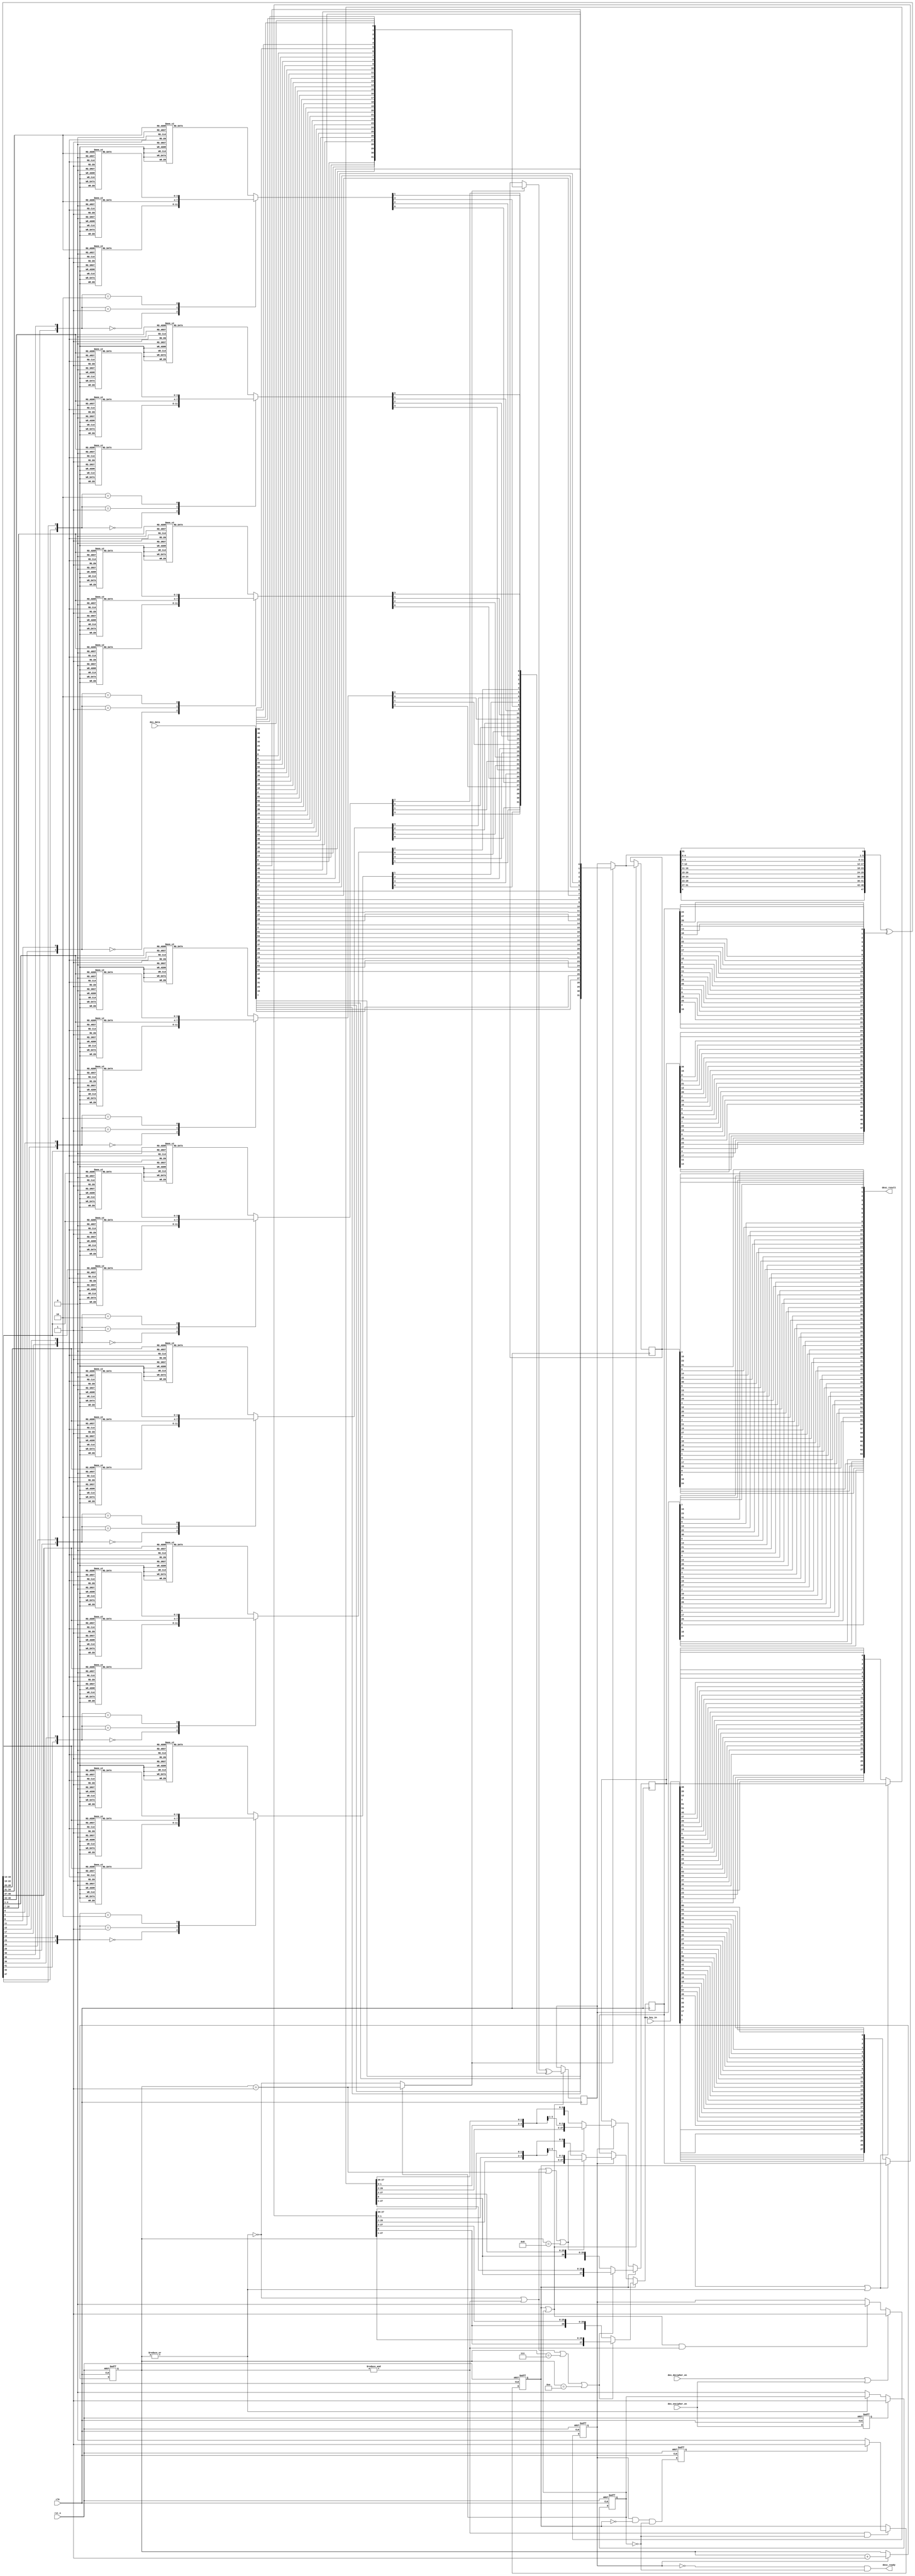
module des_core (/*AUTOARG*/
   // Outputs
   desc_result, desc_ready, 
   // Inputs
   clk, rst_n, des_encipher_en, des_decipher_en, des_data, des_key_in
   );
//
//inputs
//
input		clk;
input		rst_n;
input		des_encipher_en;
input		des_decipher_en;
input	[63:0]	des_data;
input	[63:0]	des_key_in;
//
//outputs
//
output	wire	[63:0]	desc_result;
output	wire		desc_ready;
//
//internal signals
//
wire	[63:0] ip_input;
wire	[31:0]	l0, r0;
wire	[31:0]	l_input, r_input;
wire	[47:0]	re;
wire	[47:0]	re_xor_key;
wire	[5:0]	s1_in, s2_in, s3_in, s4_in, s5_in, s6_in, s7_in, s8_in;
reg	[3:0]	s1_out, s2_out, s3_out, s4_out, s5_out, s6_out, s7_out, s8_out;
wire	[31:0]	p_in;
wire	[31:0]	f_value;
wire		rkey_sel;
wire	[27:0]	c0, d0;
wire	[27:0]	cin, din;
reg	[27:0]	cn, dn;
wire	[55:0]	cn_dn;
wire	[47:0]	round_key;
reg	[3:0]	rcounter;
wire		k16_complete;
wire		shift_left_1;
reg		key_process;
reg	[31:0]	ln, rn;
wire	[63:0]	inv_p_input;
reg		k16_calculation;
reg		decipher_process;
wire		shift_right_1;
wire		shift_left;
wire		set_decipher;
reg		encipher_process;
reg		encipher_en_sync;
wire		lr_sel;
//
//Cipher
//---------------- Initial Permutation - IP -------------
assign ip_input	= {des_data[6], des_data[14], des_data[22], des_data[30], des_data[38], des_data[46], des_data[54], des_data[62],
		des_data[4], des_data[12], des_data[20], des_data[28], des_data[36], des_data[44], des_data[52], des_data[60],
		des_data[2], des_data[10], des_data[18], des_data[26], des_data[34], des_data[42], des_data[50], des_data[58],
		des_data[0], des_data[8], des_data[16], des_data[24], des_data[32], des_data[40], des_data[48], des_data[56],
		des_data[7], des_data[15], des_data[23], des_data[31], des_data[39], des_data[47], des_data[55], des_data[63],
		des_data[5], des_data[13], des_data[21], des_data[29], des_data[37], des_data[45], des_data[53], des_data[61],
		des_data[3], des_data[11], des_data[19], des_data[27], des_data[35], des_data[43], des_data[51], des_data[59],
		des_data[1], des_data[9], des_data[17], des_data[25], des_data[33], des_data[41], des_data[49], des_data[57]};
assign	l0	= ip_input[63:32];
assign	r0	= ip_input[31:0];
//-------------------------------------------------------
//Cipher function - f (R,K)
//-------------------------------------------------------
assign	lr_sel	= (encipher_process)? (rcounter == 4'd1): (~rkey_sel);
assign	l_input	= (lr_sel)? l0: ln;
assign	r_input	= (lr_sel)? r0: rn;
//----------------- E table - Converting 32-bit R to 48-bit value ---------------------------
assign	re	= {r_input[0], r_input[31], r_input[30], r_input[29], r_input[28], r_input[27],
		r_input[28], r_input[27], r_input[26], r_input[25], r_input[24], r_input[23],
		r_input[24], r_input[23], r_input[22], r_input[21], r_input[20], r_input[19],
		r_input[20], r_input[19], r_input[18], r_input[17], r_input[16], r_input[15],
		r_input[16], r_input[15], r_input[14], r_input[13], r_input[12], r_input[11],
		r_input[12], r_input[11], r_input[10], r_input[9], r_input[8], r_input[7],
		r_input[8], r_input[7], r_input[6], r_input[5], r_input[4], r_input[3],
		r_input[4], r_input[3], r_input[2], r_input[1], r_input[0], r_input[31]};
//----------------- After converting from 32-bit to 48-bit, Right data XOR with Round KEY -----------------------
assign	re_xor_key	= re ^ round_key;
//----------------- S1/2/3/4/5/6/7/8 Converting 48-bit (with KEY) to 32-bit -----------------
assign	s1_in	= re_xor_key[47:42];
assign	s2_in	= re_xor_key[41:36];
assign	s3_in	= re_xor_key[35:30];
assign	s4_in	= re_xor_key[29:24];
assign	s5_in	= re_xor_key[23:18];
assign	s6_in	= re_xor_key[17:12];
assign	s7_in	= re_xor_key[11:6];
assign	s8_in	= re_xor_key[5:0];
//----------------- S1 -------------------------------
always @ (*) begin
	case ({s1_in[5], s1_in[0]})
		2'b00: begin
			case (s1_in[4:1])
				4'd0:	s1_out	= 4'd14;
				4'd1:	s1_out	= 4'd4;
				4'd2:	s1_out	= 4'd13;
				4'd3:	s1_out	= 4'd1;
				4'd4:	s1_out	= 4'd2;
				4'd5:	s1_out	= 4'd15;
				4'd6:	s1_out	= 4'd11;
				4'd7:	s1_out	= 4'd8;
				4'd8:	s1_out	= 4'd3;
				4'd9:	s1_out	= 4'd10;
				4'd10:	s1_out	= 4'd6;
				4'd11:	s1_out	= 4'd12;
				4'd12:	s1_out	= 4'd5;
				4'd13:	s1_out	= 4'd9;
				4'd14:	s1_out	= 4'd0;
				default: s1_out	= 4'd7;
			endcase
		end
		2'b01: begin
			case (s1_in[4:1])
				4'd0:	s1_out	= 4'd0;
				4'd1:	s1_out	= 4'd15;
				4'd2:	s1_out	= 4'd7;
				4'd3:	s1_out	= 4'd4;
				4'd4:	s1_out	= 4'd14;
				4'd5:	s1_out	= 4'd2;
				4'd6:	s1_out	= 4'd13;
				4'd7:	s1_out	= 4'd1;
				4'd8:	s1_out	= 4'd10;
				4'd9:	s1_out	= 4'd6;
				4'd10:	s1_out	= 4'd12;
				4'd11:	s1_out	= 4'd11;
				4'd12:	s1_out	= 4'd9;
				4'd13:	s1_out	= 4'd5;
				4'd14:	s1_out	= 4'd3;
				default: s1_out	= 4'd8;
			endcase
		end
		2'b10: begin
			case (s1_in[4:1])
				4'd0:	s1_out	= 4'd4;
				4'd1:	s1_out	= 4'd1;
				4'd2:	s1_out	= 4'd14;
				4'd3:	s1_out	= 4'd8;
				4'd4:	s1_out	= 4'd13;
				4'd5:	s1_out	= 4'd6;
				4'd6:	s1_out	= 4'd2;
				4'd7:	s1_out	= 4'd11;
				4'd8:	s1_out	= 4'd15;
				4'd9:	s1_out	= 4'd12;
				4'd10:	s1_out	= 4'd9;
				4'd11:	s1_out	= 4'd7;
				4'd12:	s1_out	= 4'd3;
				4'd13:	s1_out	= 4'd10;
				4'd14:	s1_out	= 4'd5;
				default: s1_out	= 4'd0;
			endcase
		end
		default: begin
			case (s1_in[4:1])
				4'd0:	s1_out	= 4'd15;
				4'd1:	s1_out	= 4'd12;
				4'd2:	s1_out	= 4'd8;
				4'd3:	s1_out	= 4'd2;
				4'd4:	s1_out	= 4'd4;
				4'd5:	s1_out	= 4'd9;
				4'd6:	s1_out	= 4'd1;
				4'd7:	s1_out	= 4'd7;
				4'd8:	s1_out	= 4'd5;
				4'd9:	s1_out	= 4'd11;
				4'd10:	s1_out	= 4'd3;
				4'd11:	s1_out	= 4'd14;
				4'd12:	s1_out	= 4'd10;
				4'd13:	s1_out	= 4'd0;
				4'd14:	s1_out	= 4'd6;
				default: s1_out	= 4'd13;
			endcase
		end
	endcase
end
//----------------- S2 -------------------------------
always @ (*) begin
	case ({s2_in[5], s2_in[0]})
		2'b00: begin
			case (s2_in[4:1])
				4'd0:	s2_out	= 4'd15;
				4'd1:	s2_out	= 4'd1;
				4'd2:	s2_out	= 4'd8;
				4'd3:	s2_out	= 4'd14;
				4'd4:	s2_out	= 4'd6;
				4'd5:	s2_out	= 4'd11;
				4'd6:	s2_out	= 4'd3;
				4'd7:	s2_out	= 4'd4;
				4'd8:	s2_out	= 4'd9;
				4'd9:	s2_out	= 4'd7;
				4'd10:	s2_out	= 4'd2;
				4'd11:	s2_out	= 4'd13;
				4'd12:	s2_out	= 4'd12;
				4'd13:	s2_out	= 4'd0;
				4'd14:	s2_out	= 4'd5;
				default: s2_out	= 4'd10;
			endcase
		end
		2'b01: begin
			case (s2_in[4:1])
				4'd0:	s2_out	= 4'd3;
				4'd1:	s2_out	= 4'd13;
				4'd2:	s2_out	= 4'd4;
				4'd3:	s2_out	= 4'd7;
				4'd4:	s2_out	= 4'd15;
				4'd5:	s2_out	= 4'd2;
				4'd6:	s2_out	= 4'd8;
				4'd7:	s2_out	= 4'd14;
				4'd8:	s2_out	= 4'd12;
				4'd9:	s2_out	= 4'd0;
				4'd10:	s2_out	= 4'd1;
				4'd11:	s2_out	= 4'd10;
				4'd12:	s2_out	= 4'd6;
				4'd13:	s2_out	= 4'd9;
				4'd14:	s2_out	= 4'd11;
				default: s2_out	= 4'd5;
			endcase
		end
		2'b10: begin
			case (s2_in[4:1])
				4'd0:	s2_out	= 4'd0;
				4'd1:	s2_out	= 4'd14;
				4'd2:	s2_out	= 4'd7;
				4'd3:	s2_out	= 4'd11;
				4'd4:	s2_out	= 4'd10;
				4'd5:	s2_out	= 4'd4;
				4'd6:	s2_out	= 4'd13;
				4'd7:	s2_out	= 4'd1;
				4'd8:	s2_out	= 4'd5;
				4'd9:	s2_out	= 4'd8;
				4'd10:	s2_out	= 4'd12;
				4'd11:	s2_out	= 4'd6;
				4'd12:	s2_out	= 4'd9;
				4'd13:	s2_out	= 4'd3;
				4'd14:	s2_out	= 4'd2;
				default: s2_out	= 4'd15;
			endcase
		end
		default: begin
			case (s2_in[4:1])
				4'd0:	s2_out	= 4'd13;
				4'd1:	s2_out	= 4'd8;
				4'd2:	s2_out	= 4'd10;
				4'd3:	s2_out	= 4'd1;
				4'd4:	s2_out	= 4'd3;
				4'd5:	s2_out	= 4'd15;
				4'd6:	s2_out	= 4'd4;
				4'd7:	s2_out	= 4'd2;
				4'd8:	s2_out	= 4'd11;
				4'd9:	s2_out	= 4'd6;
				4'd10:	s2_out	= 4'd7;
				4'd11:	s2_out	= 4'd12;
				4'd12:	s2_out	= 4'd0;
				4'd13:	s2_out	= 4'd5;
				4'd14:	s2_out	= 4'd14;
				default: s2_out	= 4'd9;
			endcase
		end
	endcase
end
//----------------- S3 -------------------------------
always @ (*) begin
	case ({s3_in[5], s3_in[0]})
		2'b00: begin
			case (s3_in[4:1])
				4'd0:	s3_out	= 4'd10;
				4'd1:	s3_out	= 4'd0;
				4'd2:	s3_out	= 4'd9;
				4'd3:	s3_out	= 4'd14;
				4'd4:	s3_out	= 4'd6;
				4'd5:	s3_out	= 4'd3;
				4'd6:	s3_out	= 4'd15;
				4'd7:	s3_out	= 4'd5;
				4'd8:	s3_out	= 4'd1;
				4'd9:	s3_out	= 4'd13;
				4'd10:	s3_out	= 4'd12;
				4'd11:	s3_out	= 4'd7;
				4'd12:	s3_out	= 4'd11;
				4'd13:	s3_out	= 4'd4;
				4'd14:	s3_out	= 4'd2;
				default: s3_out	= 4'd8;
			endcase
		end
		2'b01: begin
			case (s3_in[4:1])
				4'd0:	s3_out	= 4'd13;
				4'd1:	s3_out	= 4'd7;
				4'd2:	s3_out	= 4'd0;
				4'd3:	s3_out	= 4'd9;
				4'd4:	s3_out	= 4'd3;
				4'd5:	s3_out	= 4'd4;
				4'd6:	s3_out	= 4'd6;
				4'd7:	s3_out	= 4'd10;
				4'd8:	s3_out	= 4'd2;
				4'd9:	s3_out	= 4'd8;
				4'd10:	s3_out	= 4'd5;
				4'd11:	s3_out	= 4'd14;
				4'd12:	s3_out	= 4'd12;
				4'd13:	s3_out	= 4'd11;
				4'd14:	s3_out	= 4'd15;
				default: s3_out	= 4'd1;
			endcase
		end
		2'b10: begin
			case (s3_in[4:1])
				4'd0:	s3_out	= 4'd13;
				4'd1:	s3_out	= 4'd6;
				4'd2:	s3_out	= 4'd4;
				4'd3:	s3_out	= 4'd9;
				4'd4:	s3_out	= 4'd8;
				4'd5:	s3_out	= 4'd15;
				4'd6:	s3_out	= 4'd3;
				4'd7:	s3_out	= 4'd0;
				4'd8:	s3_out	= 4'd11;
				4'd9:	s3_out	= 4'd1;
				4'd10:	s3_out	= 4'd2;
				4'd11:	s3_out	= 4'd12;
				4'd12:	s3_out	= 4'd5;
				4'd13:	s3_out	= 4'd10;
				4'd14:	s3_out	= 4'd14;
				default: s3_out	= 4'd7;
			endcase
		end
		default: begin
			case (s3_in[4:1])
				4'd0:	s3_out	= 4'd1;
				4'd1:	s3_out	= 4'd10;
				4'd2:	s3_out	= 4'd13;
				4'd3:	s3_out	= 4'd0;
				4'd4:	s3_out	= 4'd6;
				4'd5:	s3_out	= 4'd9;
				4'd6:	s3_out	= 4'd8;
				4'd7:	s3_out	= 4'd7;
				4'd8:	s3_out	= 4'd4;
				4'd9:	s3_out	= 4'd15;
				4'd10:	s3_out	= 4'd14;
				4'd11:	s3_out	= 4'd3;
				4'd12:	s3_out	= 4'd11;
				4'd13:	s3_out	= 4'd5;
				4'd14:	s3_out	= 4'd2;
				default: s3_out	= 4'd12;
			endcase
		end
	endcase
end
//----------------- S4 -------------------------------
always @ (*) begin
	case ({s4_in[5], s4_in[0]})
		2'b00: begin
			case (s4_in[4:1])
				4'd0:	s4_out	= 4'd7;
				4'd1:	s4_out	= 4'd13;
				4'd2:	s4_out	= 4'd14;
				4'd3:	s4_out	= 4'd3;
				4'd4:	s4_out	= 4'd0;
				4'd5:	s4_out	= 4'd6;
				4'd6:	s4_out	= 4'd9;
				4'd7:	s4_out	= 4'd10;
				4'd8:	s4_out	= 4'd1;
				4'd9:	s4_out	= 4'd2;
				4'd10:	s4_out	= 4'd8;
				4'd11:	s4_out	= 4'd5;
				4'd12:	s4_out	= 4'd11;
				4'd13:	s4_out	= 4'd12;
				4'd14:	s4_out	= 4'd4;
				default: s4_out	= 4'd15;
			endcase
		end
		2'b01: begin
			case (s4_in[4:1])
				4'd0:	s4_out	= 4'd13;
				4'd1:	s4_out	= 4'd8;
				4'd2:	s4_out	= 4'd11;
				4'd3:	s4_out	= 4'd5;
				4'd4:	s4_out	= 4'd6;
				4'd5:	s4_out	= 4'd15;
				4'd6:	s4_out	= 4'd0;
				4'd7:	s4_out	= 4'd3;
				4'd8:	s4_out	= 4'd4;
				4'd9:	s4_out	= 4'd7;
				4'd10:	s4_out	= 4'd2;
				4'd11:	s4_out	= 4'd12;
				4'd12:	s4_out	= 4'd1;
				4'd13:	s4_out	= 4'd10;
				4'd14:	s4_out	= 4'd14;
				default: s4_out	= 4'd9;
			endcase
		end
		2'b10: begin
			case (s4_in[4:1])
				4'd0:	s4_out	= 4'd10;
				4'd1:	s4_out	= 4'd6;
				4'd2:	s4_out	= 4'd9;
				4'd3:	s4_out	= 4'd0;
				4'd4:	s4_out	= 4'd12;
				4'd5:	s4_out	= 4'd11;
				4'd6:	s4_out	= 4'd7;
				4'd7:	s4_out	= 4'd13;
				4'd8:	s4_out	= 4'd15;
				4'd9:	s4_out	= 4'd1;
				4'd10:	s4_out	= 4'd3;
				4'd11:	s4_out	= 4'd14;
				4'd12:	s4_out	= 4'd5;
				4'd13:	s4_out	= 4'd2;
				4'd14:	s4_out	= 4'd8;
				default: s4_out	= 4'd4;
			endcase
		end
		default: begin
			case (s4_in[4:1])
				4'd0:	s4_out	= 4'd3;
				4'd1:	s4_out	= 4'd15;
				4'd2:	s4_out	= 4'd0;
				4'd3:	s4_out	= 4'd6;
				4'd4:	s4_out	= 4'd10;
				4'd5:	s4_out	= 4'd1;
				4'd6:	s4_out	= 4'd13;
				4'd7:	s4_out	= 4'd8;
				4'd8:	s4_out	= 4'd9;
				4'd9:	s4_out	= 4'd4;
				4'd10:	s4_out	= 4'd5;
				4'd11:	s4_out	= 4'd11;
				4'd12:	s4_out	= 4'd12;
				4'd13:	s4_out	= 4'd7;
				4'd14:	s4_out	= 4'd2;
				default: s4_out	= 4'd14;
			endcase
		end
	endcase
end
//----------------- S5 -------------------------------
always @ (*) begin
	case ({s5_in[5], s5_in[0]})
		2'b00: begin
			case (s5_in[4:1])
				4'd0:	s5_out	= 4'd2;
				4'd1:	s5_out	= 4'd12;
				4'd2:	s5_out	= 4'd4;
				4'd3:	s5_out	= 4'd1;
				4'd4:	s5_out	= 4'd7;
				4'd5:	s5_out	= 4'd10;
				4'd6:	s5_out	= 4'd11;
				4'd7:	s5_out	= 4'd6;
				4'd8:	s5_out	= 4'd8;
				4'd9:	s5_out	= 4'd5;
				4'd10:	s5_out	= 4'd3;
				4'd11:	s5_out	= 4'd15;
				4'd12:	s5_out	= 4'd13;
				4'd13:	s5_out	= 4'd0;
				4'd14:	s5_out	= 4'd14;
				default: s5_out	= 4'd9;
			endcase
		end
		2'b01: begin
			case (s5_in[4:1])
				4'd0:	s5_out	= 4'd14;
				4'd1:	s5_out	= 4'd11;
				4'd2:	s5_out	= 4'd2;
				4'd3:	s5_out	= 4'd12;
				4'd4:	s5_out	= 4'd4;
				4'd5:	s5_out	= 4'd7;
				4'd6:	s5_out	= 4'd13;
				4'd7:	s5_out	= 4'd1;
				4'd8:	s5_out	= 4'd5;
				4'd9:	s5_out	= 4'd0;
				4'd10:	s5_out	= 4'd15;
				4'd11:	s5_out	= 4'd10;
				4'd12:	s5_out	= 4'd3;
				4'd13:	s5_out	= 4'd9;
				4'd14:	s5_out	= 4'd8;
				default: s5_out	= 4'd6;
			endcase
		end
		2'b10: begin
			case (s5_in[4:1])
				4'd0:	s5_out	= 4'd4;
				4'd1:	s5_out	= 4'd2;
				4'd2:	s5_out	= 4'd1;
				4'd3:	s5_out	= 4'd11;
				4'd4:	s5_out	= 4'd10;
				4'd5:	s5_out	= 4'd13;
				4'd6:	s5_out	= 4'd7;
				4'd7:	s5_out	= 4'd8;
				4'd8:	s5_out	= 4'd15;
				4'd9:	s5_out	= 4'd9;
				4'd10:	s5_out	= 4'd12;
				4'd11:	s5_out	= 4'd5;
				4'd12:	s5_out	= 4'd6;
				4'd13:	s5_out	= 4'd3;
				4'd14:	s5_out	= 4'd0;
				default: s5_out	= 4'd14;
			endcase
		end
		default: begin
			case (s5_in[4:1])
				4'd0:	s5_out	= 4'd11;
				4'd1:	s5_out	= 4'd8;
				4'd2:	s5_out	= 4'd12;
				4'd3:	s5_out	= 4'd7;
				4'd4:	s5_out	= 4'd1;
				4'd5:	s5_out	= 4'd14;
				4'd6:	s5_out	= 4'd2;
				4'd7:	s5_out	= 4'd13;
				4'd8:	s5_out	= 4'd6;
				4'd9:	s5_out	= 4'd15;
				4'd10:	s5_out	= 4'd0;
				4'd11:	s5_out	= 4'd9;
				4'd12:	s5_out	= 4'd10;
				4'd13:	s5_out	= 4'd4;
				4'd14:	s5_out	= 4'd5;
				default: s5_out	= 4'd3;
			endcase
		end
	endcase
end
//----------------- S6 -------------------------------
always @ (*) begin
	case ({s6_in[5], s6_in[0]})
		2'b00: begin
			case (s6_in[4:1])
				4'd0:	s6_out	= 4'd12;
				4'd1:	s6_out	= 4'd1;
				4'd2:	s6_out	= 4'd10;
				4'd3:	s6_out	= 4'd15;
				4'd4:	s6_out	= 4'd9;
				4'd5:	s6_out	= 4'd2;
				4'd6:	s6_out	= 4'd6;
				4'd7:	s6_out	= 4'd8;
				4'd8:	s6_out	= 4'd0;
				4'd9:	s6_out	= 4'd13;
				4'd10:	s6_out	= 4'd3;
				4'd11:	s6_out	= 4'd4;
				4'd12:	s6_out	= 4'd14;
				4'd13:	s6_out	= 4'd7;
				4'd14:	s6_out	= 4'd5;
				default: s6_out	= 4'd11;
			endcase
		end
		2'b01: begin
			case (s6_in[4:1])
				4'd0:	s6_out	= 4'd10;
				4'd1:	s6_out	= 4'd15;
				4'd2:	s6_out	= 4'd4;
				4'd3:	s6_out	= 4'd2;
				4'd4:	s6_out	= 4'd7;
				4'd5:	s6_out	= 4'd12;
				4'd6:	s6_out	= 4'd9;
				4'd7:	s6_out	= 4'd5;
				4'd8:	s6_out	= 4'd6;
				4'd9:	s6_out	= 4'd1;
				4'd10:	s6_out	= 4'd13;
				4'd11:	s6_out	= 4'd14;
				4'd12:	s6_out	= 4'd0;
				4'd13:	s6_out	= 4'd11;
				4'd14:	s6_out	= 4'd3;
				default: s6_out	= 4'd8;
			endcase
		end
		2'b10: begin
			case (s6_in[4:1])
				4'd0:	s6_out	= 4'd9;
				4'd1:	s6_out	= 4'd14;
				4'd2:	s6_out	= 4'd15;
				4'd3:	s6_out	= 4'd5;
				4'd4:	s6_out	= 4'd2;
				4'd5:	s6_out	= 4'd8;
				4'd6:	s6_out	= 4'd12;
				4'd7:	s6_out	= 4'd3;
				4'd8:	s6_out	= 4'd7;
				4'd9:	s6_out	= 4'd0;
				4'd10:	s6_out	= 4'd4;
				4'd11:	s6_out	= 4'd10;
				4'd12:	s6_out	= 4'd1;
				4'd13:	s6_out	= 4'd13;
				4'd14:	s6_out	= 4'd11;
				default: s6_out	= 4'd6;
			endcase
		end
		default: begin
			case (s6_in[4:1])
				4'd0:	s6_out	= 4'd4;
				4'd1:	s6_out	= 4'd3;
				4'd2:	s6_out	= 4'd2;
				4'd3:	s6_out	= 4'd12;
				4'd4:	s6_out	= 4'd9;
				4'd5:	s6_out	= 4'd5;
				4'd6:	s6_out	= 4'd15;
				4'd7:	s6_out	= 4'd10;
				4'd8:	s6_out	= 4'd11;
				4'd9:	s6_out	= 4'd14;
				4'd10:	s6_out	= 4'd1;
				4'd11:	s6_out	= 4'd7;
				4'd12:	s6_out	= 4'd6;
				4'd13:	s6_out	= 4'd0;
				4'd14:	s6_out	= 4'd8;
				default: s6_out	= 4'd13;
			endcase
		end
	endcase
end
//----------------- S7 -------------------------------
always @ (*) begin
	case ({s7_in[5], s7_in[0]})
		2'b00: begin
			case (s7_in[4:1])
				4'd0:	s7_out	= 4'd4;
				4'd1:	s7_out	= 4'd11;
				4'd2:	s7_out	= 4'd2;
				4'd3:	s7_out	= 4'd14;
				4'd4:	s7_out	= 4'd15;
				4'd5:	s7_out	= 4'd0;
				4'd6:	s7_out	= 4'd8;
				4'd7:	s7_out	= 4'd13;
				4'd8:	s7_out	= 4'd3;
				4'd9:	s7_out	= 4'd12;
				4'd10:	s7_out	= 4'd9;
				4'd11:	s7_out	= 4'd7;
				4'd12:	s7_out	= 4'd5;
				4'd13:	s7_out	= 4'd10;
				4'd14:	s7_out	= 4'd6;
				default: s7_out	= 4'd1;
			endcase
		end
		2'b01: begin
			case (s7_in[4:1])
				4'd0:	s7_out	= 4'd13;
				4'd1:	s7_out	= 4'd0;
				4'd2:	s7_out	= 4'd11;
				4'd3:	s7_out	= 4'd7;
				4'd4:	s7_out	= 4'd4;
				4'd5:	s7_out	= 4'd9;
				4'd6:	s7_out	= 4'd1;
				4'd7:	s7_out	= 4'd10;
				4'd8:	s7_out	= 4'd14;
				4'd9:	s7_out	= 4'd3;
				4'd10:	s7_out	= 4'd5;
				4'd11:	s7_out	= 4'd12;
				4'd12:	s7_out	= 4'd2;
				4'd13:	s7_out	= 4'd15;
				4'd14:	s7_out	= 4'd8;
				default: s7_out	= 4'd6;
			endcase
		end
		2'b10: begin
			case (s7_in[4:1])
				4'd0:	s7_out	= 4'd1;
				4'd1:	s7_out	= 4'd4;
				4'd2:	s7_out	= 4'd11;
				4'd3:	s7_out	= 4'd13;
				4'd4:	s7_out	= 4'd12;
				4'd5:	s7_out	= 4'd3;
				4'd6:	s7_out	= 4'd7;
				4'd7:	s7_out	= 4'd14;
				4'd8:	s7_out	= 4'd10;
				4'd9:	s7_out	= 4'd15;
				4'd10:	s7_out	= 4'd6;
				4'd11:	s7_out	= 4'd8;
				4'd12:	s7_out	= 4'd0;
				4'd13:	s7_out	= 4'd5;
				4'd14:	s7_out	= 4'd9;
				default: s7_out	= 4'd2;
			endcase
		end
		default: begin
			case (s7_in[4:1])
				4'd0:	s7_out	= 4'd6;
				4'd1:	s7_out	= 4'd11;
				4'd2:	s7_out	= 4'd13;
				4'd3:	s7_out	= 4'd8;
				4'd4:	s7_out	= 4'd1;
				4'd5:	s7_out	= 4'd4;
				4'd6:	s7_out	= 4'd10;
				4'd7:	s7_out	= 4'd7;
				4'd8:	s7_out	= 4'd9;
				4'd9:	s7_out	= 4'd5;
				4'd10:	s7_out	= 4'd0;
				4'd11:	s7_out	= 4'd15;
				4'd12:	s7_out	= 4'd14;
				4'd13:	s7_out	= 4'd2;
				4'd14:	s7_out	= 4'd3;
				default: s7_out	= 4'd12;
			endcase
		end
	endcase
end
//----------------- S8 -------------------------------
always @ (*) begin
	case ({s8_in[5], s8_in[0]})
		2'b00: begin
			case (s8_in[4:1])
				4'd0:	s8_out	= 4'd13;
				4'd1:	s8_out	= 4'd2;
				4'd2:	s8_out	= 4'd8;
				4'd3:	s8_out	= 4'd4;
				4'd4:	s8_out	= 4'd6;
				4'd5:	s8_out	= 4'd15;
				4'd6:	s8_out	= 4'd11;
				4'd7:	s8_out	= 4'd1;
				4'd8:	s8_out	= 4'd10;
				4'd9:	s8_out	= 4'd9;
				4'd10:	s8_out	= 4'd3;
				4'd11:	s8_out	= 4'd14;
				4'd12:	s8_out	= 4'd5;
				4'd13:	s8_out	= 4'd0;
				4'd14:	s8_out	= 4'd12;
				default: s8_out	= 4'd7;
			endcase
		end
		2'b01: begin
			case (s8_in[4:1])
				4'd0:	s8_out	= 4'd1;
				4'd1:	s8_out	= 4'd15;
				4'd2:	s8_out	= 4'd13;
				4'd3:	s8_out	= 4'd8;
				4'd4:	s8_out	= 4'd10;
				4'd5:	s8_out	= 4'd3;
				4'd6:	s8_out	= 4'd7;
				4'd7:	s8_out	= 4'd4;
				4'd8:	s8_out	= 4'd12;
				4'd9:	s8_out	= 4'd5;
				4'd10:	s8_out	= 4'd6;
				4'd11:	s8_out	= 4'd11;
				4'd12:	s8_out	= 4'd0;
				4'd13:	s8_out	= 4'd14;
				4'd14:	s8_out	= 4'd9;
				default: s8_out	= 4'd2;
			endcase
		end
		2'b10: begin
			case (s8_in[4:1])
				4'd0:	s8_out	= 4'd7;
				4'd1:	s8_out	= 4'd11;
				4'd2:	s8_out	= 4'd4;
				4'd3:	s8_out	= 4'd1;
				4'd4:	s8_out	= 4'd9;
				4'd5:	s8_out	= 4'd12;
				4'd6:	s8_out	= 4'd14;
				4'd7:	s8_out	= 4'd2;
				4'd8:	s8_out	= 4'd0;
				4'd9:	s8_out	= 4'd6;
				4'd10:	s8_out	= 4'd10;
				4'd11:	s8_out	= 4'd13;
				4'd12:	s8_out	= 4'd15;
				4'd13:	s8_out	= 4'd3;
				4'd14:	s8_out	= 4'd5;
				default: s8_out	= 4'd8;
			endcase
		end
		default: begin
			case (s8_in[4:1])
				4'd0:	s8_out	= 4'd2;
				4'd1:	s8_out	= 4'd1;
				4'd2:	s8_out	= 4'd14;
				4'd3:	s8_out	= 4'd7;
				4'd4:	s8_out	= 4'd4;
				4'd5:	s8_out	= 4'd10;
				4'd6:	s8_out	= 4'd8;
				4'd7:	s8_out	= 4'd13;
				4'd8:	s8_out	= 4'd15;
				4'd9:	s8_out	= 4'd12;
				4'd10:	s8_out	= 4'd9;
				4'd11:	s8_out	= 4'd0;
				4'd12:	s8_out	= 4'd3;
				4'd13:	s8_out	= 4'd5;
				4'd14:	s8_out	= 4'd6;
				default: s8_out	= 4'd11;
			endcase
		end
	endcase
end
//-------- Permutation - P / the final value of f(R, K) function -----------------
assign	p_in	= {s1_out, s2_out, s3_out, s4_out, s5_out, s6_out, s7_out, s8_out};
assign	f_value	= {p_in[16], p_in[25], p_in[12], p_in[11],
		p_in[3], p_in[20], p_in[4], p_in[15],
		p_in[31], p_in[17], p_in[9], p_in[6],
		p_in[27], p_in[14], p_in[1], p_in[22],
		p_in[30], p_in[24], p_in[8], p_in[18],
		p_in[0], p_in[5], p_in[29], p_in[23],
		p_in[13], p_in[19], p_in[2], p_in[26],
		p_in[10], p_in[21], p_in[28], p_in[7]};
//-------- The ciphertext of DES --------------------------------------
always @ (posedge clk) begin
	if (decipher_process | encipher_process) begin
		ln	<=   r_input;
		rn	<=   l_input ^ f_value;
	end
end
assign	inv_p_input	= {rn, ln};
assign	desc_result	= {inv_p_input[24], inv_p_input[56], inv_p_input[16], inv_p_input[48], inv_p_input[8], inv_p_input[40], inv_p_input[0], inv_p_input[32],
			inv_p_input[25], inv_p_input[57], inv_p_input[17], inv_p_input[49], inv_p_input[9], inv_p_input[41], inv_p_input[1], inv_p_input[33],
			inv_p_input[26], inv_p_input[58], inv_p_input[18], inv_p_input[50], inv_p_input[10], inv_p_input[42], inv_p_input[2], inv_p_input[34],
			inv_p_input[27], inv_p_input[59], inv_p_input[19], inv_p_input[51], inv_p_input[11], inv_p_input[43], inv_p_input[3], inv_p_input[35],
			inv_p_input[28], inv_p_input[60], inv_p_input[20], inv_p_input[52], inv_p_input[12], inv_p_input[44], inv_p_input[4], inv_p_input[36],
			inv_p_input[29], inv_p_input[61], inv_p_input[21], inv_p_input[53], inv_p_input[13], inv_p_input[45], inv_p_input[5], inv_p_input[37],
			inv_p_input[30], inv_p_input[62], inv_p_input[22], inv_p_input[54], inv_p_input[14], inv_p_input[46], inv_p_input[6], inv_p_input[38],
			inv_p_input[31], inv_p_input[63], inv_p_input[23], inv_p_input[55], inv_p_input[15], inv_p_input[47], inv_p_input[7], inv_p_input[39]};
//------------------------------------------------------------------------
//Key Schedule Calculation
//------------------------------------------------------------------------
//------------ Permuted Choice 1 - PC1 ------------------
assign	c0	= {des_key_in[7], des_key_in[15], des_key_in[23], des_key_in[31], des_key_in[39], des_key_in[47], des_key_in[55],
		des_key_in[63], des_key_in[6], des_key_in[14], des_key_in[22], des_key_in[30], des_key_in[38], des_key_in[46],
		des_key_in[54], des_key_in[62], des_key_in[5], des_key_in[13], des_key_in[21], des_key_in[29], des_key_in[37],
		des_key_in[45], des_key_in[53], des_key_in[61], des_key_in[4], des_key_in[12], des_key_in[20], des_key_in[28]};
assign	d0	= {des_key_in[1], des_key_in[9], des_key_in[17], des_key_in[25], des_key_in[33], des_key_in[41], des_key_in[49],
		des_key_in[57], des_key_in[2], des_key_in[10], des_key_in[18], des_key_in[26], des_key_in[34], des_key_in[42],
		des_key_in[50], des_key_in[58], des_key_in[3], des_key_in[11], des_key_in[19], des_key_in[27], des_key_in[35],
		des_key_in[43], des_key_in[51], des_key_in[59], des_key_in[36], des_key_in[44], des_key_in[52], des_key_in[60]};
assign	cin	= (decipher_process | rkey_sel)? cn: c0;
assign	din	= (decipher_process | rkey_sel)? dn: d0;
//------------ Shift Left --------------------------------
always @ (posedge clk) begin
	if (decipher_process) begin
		if (shift_right_1) begin
			cn	<=   {cin[0], cin[27:1]};
			dn	<=   {din[0], din[27:1]};
		end
		else begin
			cn	<=   {cin[1:0], cin[27:2]};
			dn	<=   {din[1:0], din[27:2]};
		end
	end
	else if (key_process) begin
		if (shift_left_1) begin
			cn	<=   {cin[26:0], cin[27]};
			dn	<=   {din[26:0], din[27]};
		end
		else begin
			cn	<=   {cin[25:0], cin[27:26]};
			dn	<=   {din[25:0], din[27:26]};
		end
	end
end
assign	cn_dn	= {cn, dn};
//------------- Permuted Choice 2 - PC2 -------------------
assign	round_key	= {cn_dn[42], cn_dn[39], cn_dn[45], cn_dn[32], cn_dn[55], cn_dn[51],
			cn_dn[53], cn_dn[28], cn_dn[41], cn_dn[50], cn_dn[35], cn_dn[46],
			cn_dn[33], cn_dn[37], cn_dn[44], cn_dn[52], cn_dn[30], cn_dn[48],
			cn_dn[40], cn_dn[49], cn_dn[29], cn_dn[36], cn_dn[43], cn_dn[54],
			cn_dn[15], cn_dn[4], cn_dn[25], cn_dn[19], cn_dn[9], cn_dn[1],
			cn_dn[26], cn_dn[16], cn_dn[5], cn_dn[11], cn_dn[23], cn_dn[8],
			cn_dn[12], cn_dn[7], cn_dn[17], cn_dn[0], cn_dn[22], cn_dn[3],
			cn_dn[10], cn_dn[14], cn_dn[6], cn_dn[20], cn_dn[27], cn_dn[24]};
//
//-------------- Encryption round counter -----------------------
//
always @ (posedge clk, negedge rst_n) begin
	if (~rst_n)	rcounter	<=   4'd0;
	else if (key_process)
		rcounter	<=   rcounter + 4'd1;
end
assign	k16_complete	= &rcounter;
assign	rkey_sel	= |rcounter;
assign	shift_left	= (~rkey_sel) | k16_complete;
assign	shift_left_1	= shift_left | (rcounter == 4'd1) | (rcounter == 4'd8); //0-1-8-15
assign	shift_right_1	= shift_left | (rcounter == 4'd7) | (rcounter == 4'd14); //0-7-14-15
assign	set_decipher	= (decipher_process | encipher_process) & k16_complete;
always @ (posedge clk, negedge rst_n) begin
	if (~rst_n)	key_process	<=   1'b0;
	else if (des_decipher_en | des_encipher_en)
		key_process	<=   1'b1;
	else if (set_decipher)
		key_process	<=   1'b0;
end
always @ (posedge clk, negedge rst_n) begin
	if (~rst_n)	k16_calculation	<=   1'b0;
	else		k16_calculation	<=   key_process & (~decipher_process) & (~encipher_process);
end
assign	desc_ready	= (~key_process) & (~encipher_process);
//
//Determining the encipher or decipher process
//
always @ (posedge clk, negedge rst_n) begin
	if (~rst_n)	encipher_en_sync	<=   1'b0;
	else		encipher_en_sync	<=   des_encipher_en;
end
always @ (posedge clk, negedge rst_n) begin
	if (~rst_n)	encipher_process	<=   1'b0;
	else if (encipher_en_sync)
		encipher_process	<=  1'b1;
	else if (~rkey_sel)
		encipher_process	<=  1'b0;
end
always @ (posedge clk, negedge rst_n) begin
	if (~rst_n)	decipher_process	<=  1'b0;
	else if (k16_complete & (~encipher_process)) begin
		if (k16_calculation)
			decipher_process	<=   1'b1;
		else	decipher_process	<=   1'b0;
	end
end
endmodule